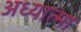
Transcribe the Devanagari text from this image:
अध्यात्मा